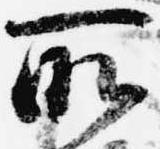
所